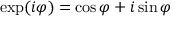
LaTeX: \exp ( i \varphi ) = \cos \varphi + i \sin \varphi